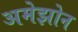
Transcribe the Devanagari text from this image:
अमेझोन